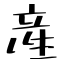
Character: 産